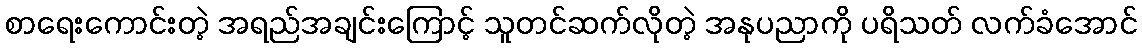
စာရေးကောင်းတဲ့ အရည်အချင်းကြောင့် သူတင်ဆက်လိုတဲ့ အနုပညာကို ပရိသတ် လက်ခံအောင်